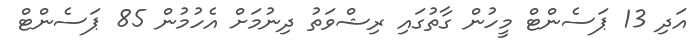
އަދި 13 ޕަސެންޓް މީހުން ގާތުގައި ރިޝްވަތު ދިނުމަށް އެހުމުން 85 ޕަސެންޓް